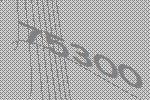
75300